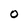
Character: O